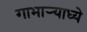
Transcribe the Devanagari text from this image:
गाभाऱ्याध्ये